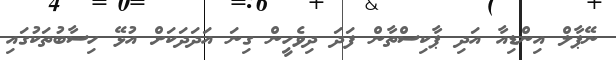
ނޭޕާލް އިންޑިއާ އަދި ޕާކިސްތާން ފަދަ ދިވެހީން ގިނަ އަދަދަކަށް އުޅޭ ހިސާބުތަކުގައި